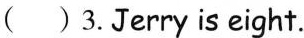
( ) 3.Jerry is eight.